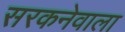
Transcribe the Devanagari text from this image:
सरकनेवाला